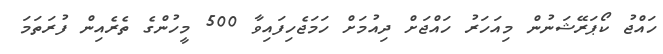
ހައްޖު ކޯޕަރޭޝަނުން މިއަހަރު ހައްޖަށް ދިއުމަށް ހަމަޖެހިފައިވާ 500 މީހުންގެ ތެރެއިން ފުރަތަމަ